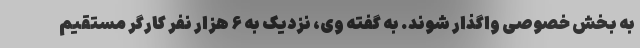
به بخش خصوصی واگذار شوند. به گفته وی، نزدیک به ۶ هزار نفر کارگر مستقیم